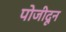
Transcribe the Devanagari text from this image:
पोजीदून